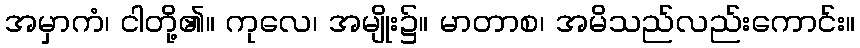
အမှာကံ၊ ငါတို့၏။ ကုလေ၊ အမျိုး၌။ မာတာစ၊ အမိသည်လည်းကောင်း။